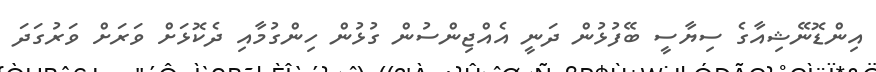
އިންޑޮނޭޝިއާގެ ސިޔާސީ ބޭފުޅުން ދަނީ އެއްޖިންސުން ގުޅުން ހިންގުމާއި ދެކޮޅަށް ވަރަށް ވަރުގަދަ